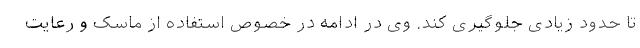
تا حدود زیادی جلوگیری کند. وی در ادامه در خصوص استفاده از ماسک و رعایت